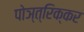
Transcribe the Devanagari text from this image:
पोञ्त्रिक्कर